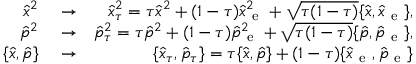
\begin{array} { r l r } { \hat { x } ^ { 2 } } & { { } \rightarrow } & { \hat { x } _ { \tau } ^ { 2 } = \tau \hat { x } ^ { 2 } + ( 1 - \tau ) \hat { x } _ { \mathrm { ~ e ~ } } ^ { 2 } + \sqrt { \tau ( 1 - \tau ) } \{ \hat { x } , \hat { x } _ { \mathrm { ~ e ~ } } \} , } \\ { \hat { p } ^ { 2 } } & { { } \rightarrow } & { \hat { p } _ { \tau } ^ { 2 } = \tau \hat { p } ^ { 2 } + ( 1 - \tau ) \hat { p } _ { \mathrm { ~ e ~ } } ^ { 2 } + \sqrt { \tau ( 1 - \tau ) } \{ \hat { p } , \hat { p } _ { \mathrm { ~ e ~ } } \} , } \\ { \{ \hat { x } , \hat { p } \} } & { { } \rightarrow } & { \{ \hat { x } _ { \tau } , \hat { p } _ { \tau } \} = \tau \{ \hat { x } , \hat { p } \} + ( 1 - \tau ) \{ \hat { x } _ { \mathrm { ~ e ~ } } , \hat { p } _ { \mathrm { ~ e ~ } } \} } \end{array}